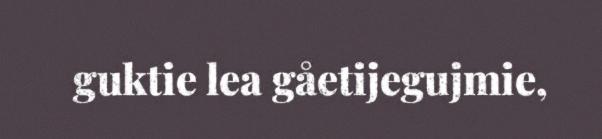
guktie lea gåetijegujmie,